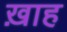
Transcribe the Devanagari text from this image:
ख़ाह